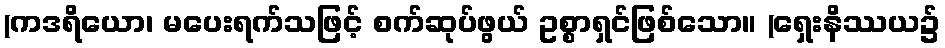
(ကဒရိယော၊ မပေးရက်သဖြင့် စက်ဆုပ်ဖွယ် ဥစ္စာရှင်ဖြစ်သော။ (ရှေးနိဿယ၌